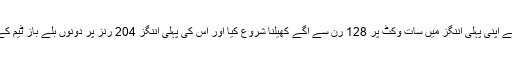
اس سے پہلے صبح نیوزی لینڈ نے اپنی پہلی اننگز میں سات وکٹ پر 128 رن سے آگے کھیلنا شروع کیا اور اس کی پہلی اننگز 204 رنز پر دونوں بلے باز ٹیم کے اسكور کو 182 تک لے گئے۔